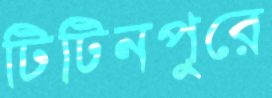
টিটিনপুরে